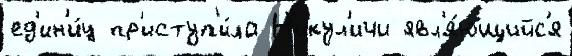
ед'ин'и́ц пр'иступ'и́ла Н'икул'ичи явл'я́ющийс'я